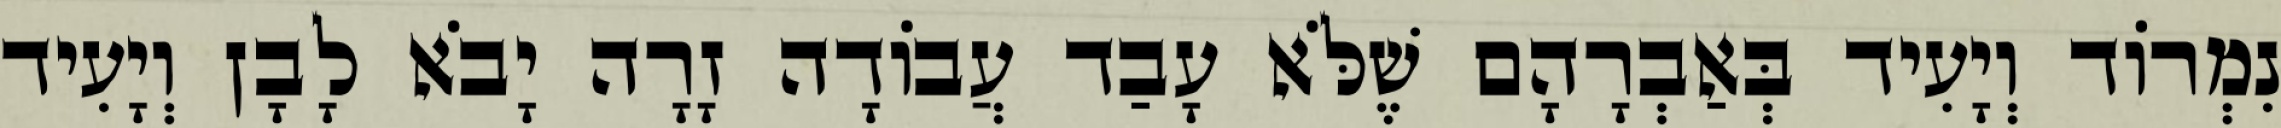
נִמְרוֹד וְיָעִיד בְּאַבְרָהָם שֶׁלֹּא עָבַד עֲבוֹדָה זָרָה יָבֹא לָבָן וְיָעִיד